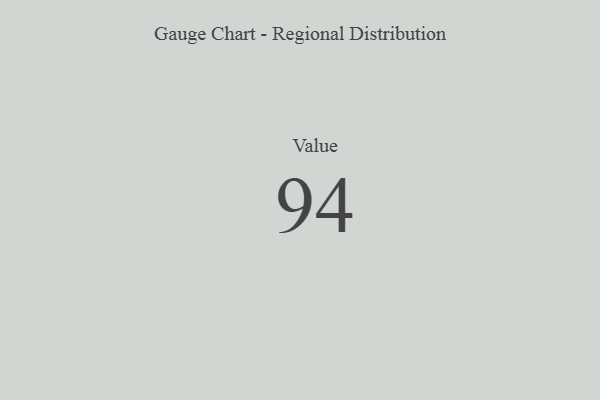
{"axis": {"x": "Metric", "y": "Value"}, "legend": [""], "data": [{"x": "Value", "y": 94, "type": ""}]}